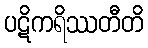
ပဋိကရိဿတီတိ